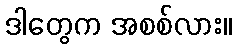
ဒါတွေက အစစ်လား။